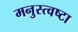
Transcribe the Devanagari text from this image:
मनुस्त्वष्टा